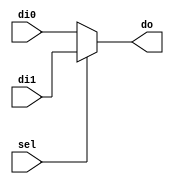
module MUX_1_2_3B (di1, di0, sel, do);
	input sel;
	input [2:0] di1, di0;
	output [2:0] do;

	assign do = sel ? di1 : di0;
endmodule